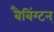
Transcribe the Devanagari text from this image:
बैबिंग्टन्